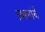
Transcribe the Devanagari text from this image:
प्रभारांचे